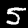
Label: 5